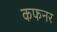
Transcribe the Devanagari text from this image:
कफनर